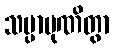
သမ္ပာပုဏိတွာ